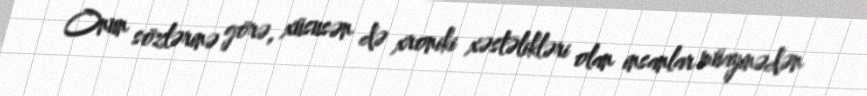
Onun sözlərinə görə, xüsusən də xroniki xəstəlikləri olan insanlar müayinədən